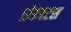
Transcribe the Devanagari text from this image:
प्रॉडक्टस